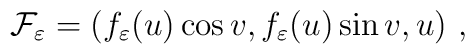
{\cal F}_\varepsilon   =  (f_\varepsilon (u) \cos v, f_\varepsilon (u) \sin v, u) ~,